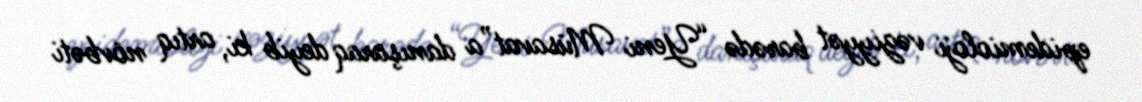
epidemioloji vəziyyət barədə “Yeni Müsavat”a danışaraq deyib ki, artıq növbəti